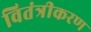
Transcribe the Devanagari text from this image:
वितंत्रीकरण